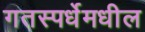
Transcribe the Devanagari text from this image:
गतस्पर्धेमधील